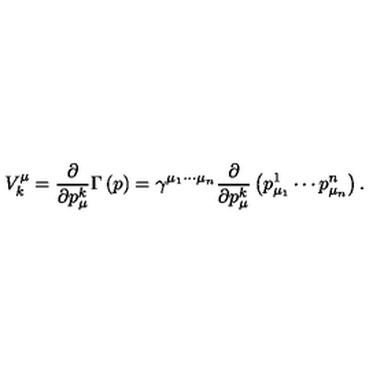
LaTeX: V _ { k } ^ { \mu } = \frac \partial { \partial p _ { \mu } ^ { k } } \Gamma \left( p \right) = \gamma ^ { \mu _ { 1 } \cdots \mu _ { n } } \frac \partial { \partial p _ { \mu } ^ { k } } \left( p _ { \mu _ { 1 } } ^ { 1 } \cdots p _ { \mu _ { n } } ^ { n } \right) .